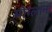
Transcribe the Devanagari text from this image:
मोग्लाना